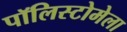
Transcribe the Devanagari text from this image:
पॉलिस्टोमेला